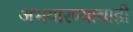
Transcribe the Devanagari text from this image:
अभयारण्याचाही